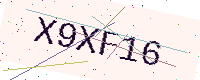
Text: X9XF16